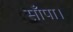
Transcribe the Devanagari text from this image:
साँपा।